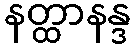
နတ္ထာနန္ဒ